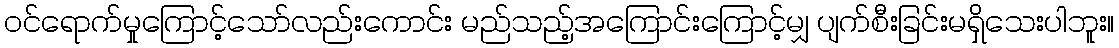
ဝင်ရောက်မှုကြောင့်သော်လည်းကောင်း မည်သည့်အကြောင်းကြောင့်မျှ ပျက်စီးခြင်းမရှိသေးပါဘူး။